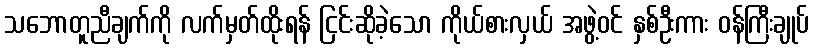
သဘောတူညီချက်ကို လက်မှတ်ထိုးရန် ငြင်းဆိုခဲ့သော ကိုယ်စားလှယ် အဖွဲ့ဝင် နှစ်ဦးကား ဝန်ကြီးချုပ်